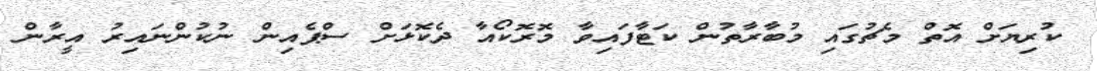
ކުރިޔަށް އޮތް މެޗުގައި މުބާރާތުން ކަޓާފައިވާ މޮރޮކޯއާ ދެކޮޅަށް ސްޕެއިން ނުކުންނައިރު އީރާން